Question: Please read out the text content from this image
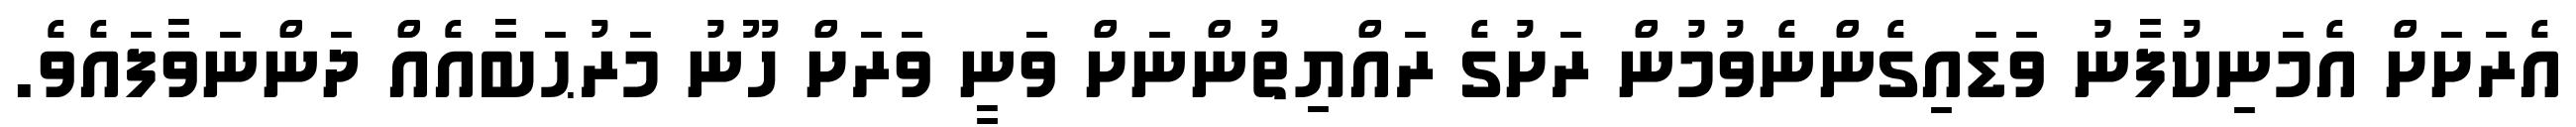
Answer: އެރަށަށް އެމަނިކުފާނު ވަޑައިގެންނެވުމުން ރަށުގެ ރައްޔިތުންނަށް ވަނީ ވަރަށް ހޫނު މަރުޙަބާއެއް ދަންނަވާފައެވެ.